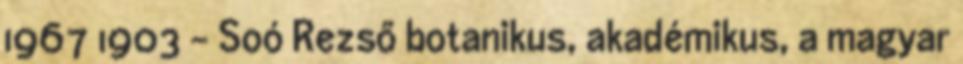
1967 1903 – Soó Rezső botanikus, akadémikus, a magyar